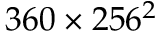
3 6 0 \times 2 5 6 ^ { 2 }